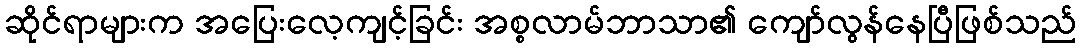
ဆိုင်ရာများက အပြေးလေ့ကျင့်ခြင်း အစ္စလာမ်ဘာသာ၏ ကျော်လွန်နေပြီဖြစ်သည်